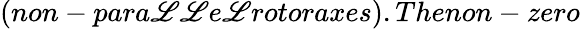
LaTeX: (non-para\mathscr{L}\mathscr{L}e\mathscr{L}rotoraxes).Thenon-zero